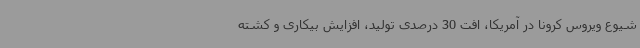
شیوع ویروس کرونا در آمریکا، افت 30 درصدی تولید، افزایش بیکاری و کشته